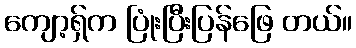
ကျော့ရှ်က ပြုံးပြီးပြန်ဖြေ တယ်။